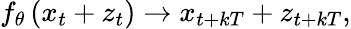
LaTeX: f_{\theta}\left(x_{t}+z_{t}\right)\rightarrow x_{t+kT}+z_{t+kT},